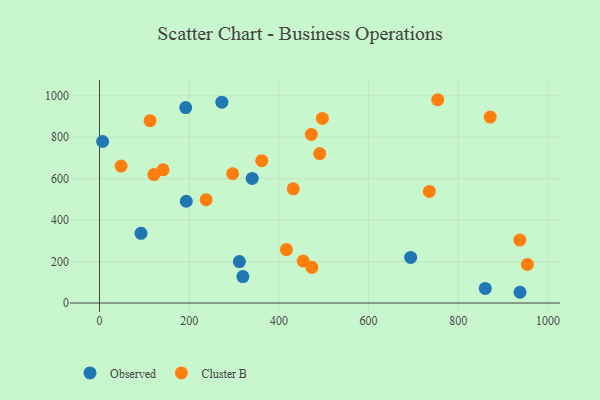
{"axis": {"x": "Speed", "y": "Fuel Efficiency"}, "legend": ["Cluster B", "Observed"], "data": [{"x": "693.8", "y": 220.1, "type": "Observed"}, {"x": "319.7", "y": 127.7, "type": "Observed"}, {"x": "192.2", "y": 942.8, "type": "Observed"}, {"x": "340.5", "y": 600.9, "type": "Observed"}, {"x": "860.1", "y": 70.4, "type": "Observed"}, {"x": "937.6", "y": 51.9, "type": "Observed"}, {"x": "311.9", "y": 200.2, "type": "Observed"}, {"x": "272.8", "y": 969.0, "type": "Observed"}, {"x": "92.6", "y": 336.2, "type": "Observed"}, {"x": "193.5", "y": 491.1, "type": "Observed"}, {"x": "7.0", "y": 779.2, "type": "Observed"}, {"x": "454.2", "y": 202.4, "type": "Cluster B"}, {"x": "361.8", "y": 686.6, "type": "Cluster B"}, {"x": "871.1", "y": 896.9, "type": "Cluster B"}, {"x": "121.2", "y": 619.6, "type": "Cluster B"}, {"x": "416.8", "y": 257.7, "type": "Cluster B"}, {"x": "296.9", "y": 623.8, "type": "Cluster B"}, {"x": "48.2", "y": 660.7, "type": "Cluster B"}, {"x": "496.9", "y": 890.6, "type": "Cluster B"}, {"x": "432.0", "y": 551.0, "type": "Cluster B"}, {"x": "954.0", "y": 186.1, "type": "Cluster B"}, {"x": "754.1", "y": 980.8, "type": "Cluster B"}, {"x": "237.9", "y": 498.3, "type": "Cluster B"}, {"x": "937.1", "y": 303.9, "type": "Cluster B"}, {"x": "112.8", "y": 879.5, "type": "Cluster B"}, {"x": "141.6", "y": 642.8, "type": "Cluster B"}, {"x": "472.3", "y": 813.5, "type": "Cluster B"}, {"x": "473.5", "y": 172.4, "type": "Cluster B"}, {"x": "735.4", "y": 538.4, "type": "Cluster B"}, {"x": "491.0", "y": 721.1, "type": "Cluster B"}]}